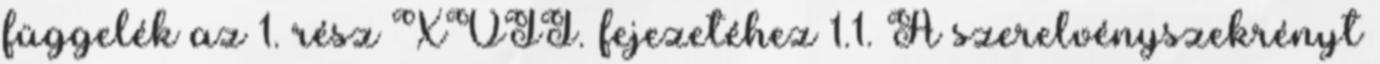
függelék az 1. rész XVII. fejezetéhez 1.1. A szerelvényszekrényt